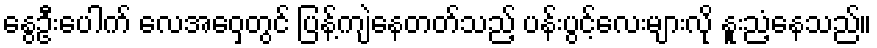
နွေဦးပေါက် လေအဝှေ့တွင် ပြန့်ကျဲနေတတ်သည့် ပန်းပွင့်လေးများလို နူးညံ့နေသည်။